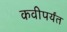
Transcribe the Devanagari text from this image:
कवीपर्यंत